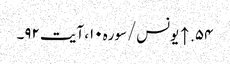
۵۴. ↑ یونس/سوره۱۰، آیت ۹۲۔